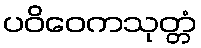
ပဝိဝေကသုတ္တံ